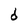
Character: d